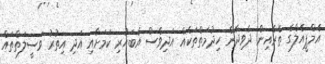
އެމްޕީއެލްގެ ތެރެއިން ދެވިދާނެ ހިދުމަތްތަކެއް އަދިވެސް އެބަހުރި ކަމަށާއި އަދި އިތުރު ވަސީލަތްތައް